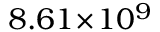
8 . 6 1 \! \times \! 1 0 ^ { 9 }